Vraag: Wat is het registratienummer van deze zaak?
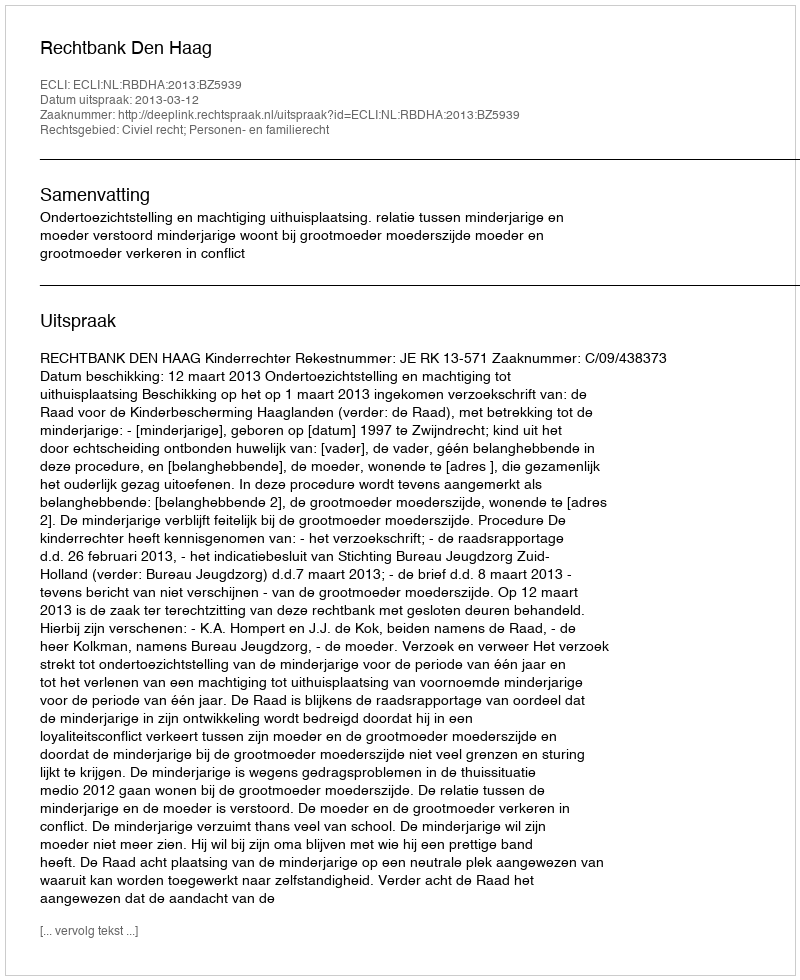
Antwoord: http://deeplink.rechtspraak.nl/uitspraak?id=ECLI:NL:RBDHA:2013:BZ5939